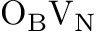
\mathrm { O } _ { \mathrm { B } } \mathrm { V } _ { \mathrm { N } }